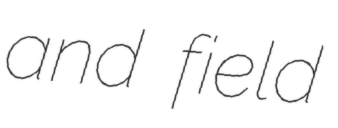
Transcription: and field